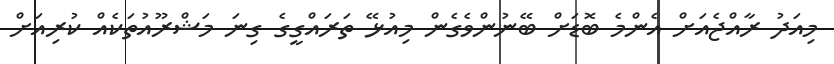
މިއަދު ރާއްޖެއަށް އެންމެ ބޮޑަށް ބޭނުންވެގެން މިއުޅޭ ތަރައްގީގެ ގިނަ މަޝްރޫއުތަކެއް ކުރިއަށް